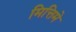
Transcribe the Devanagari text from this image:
मित्तिमे